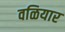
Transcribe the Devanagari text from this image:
वळियार